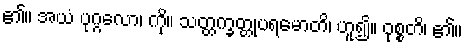
၏။ အယံ ပုဂ္ဂလော၊ ကို။ သတ္တက္ခတ္တုပရမောတိ၊ ဟူ၍။ ဝုစ္စတိ၊ ၏။